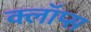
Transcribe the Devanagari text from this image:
क्लॉप्स